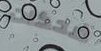
ضحكات